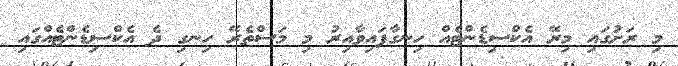
މި ރަށުގައި މިރޭ އެކްސިޑެންޓެއް ހިނގާފައިވާއިރު މި މަސްތެރޭ ހިނގި ދެ އެކްސިޑެންޓެއްގައި